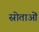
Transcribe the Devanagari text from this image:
स्रोताओं